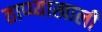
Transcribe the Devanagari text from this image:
ताप्प्याखाली